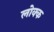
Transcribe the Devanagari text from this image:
लोक्क